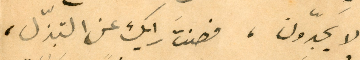
لا يَجدّون، فصنتَ رايك عن التبذّل،